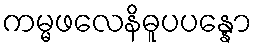
ကမ္မဖလေနိဓူပပန္နော